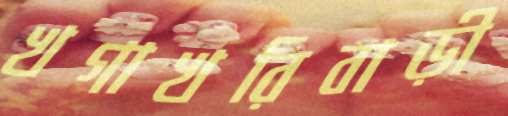
খগাখরিবাড়ী